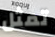
تمثل